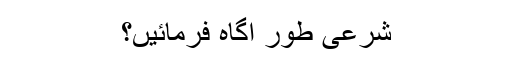
شرعی طور آگاہ فرمائیں؟